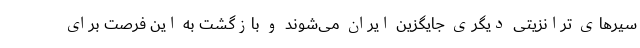
سیرهای ترانزیتی دیگری جایگزین ایران می‌شوند و بازگشت به این فرصت برای